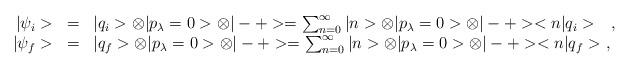
LaTeX: \begin{align*}\begin{array}{r c l}|\psi_i>&=&|q_i>\otimes|p_\lambda=0>\otimes|-+>=\sum_{n=0}^\infty|n>\otimes|p_\lambda=0>\otimes|-+><n|q_i>\ \ \ ,\\|\psi_f>&=&|q_f>\otimes|p_\lambda=0>\otimes|-+>=\sum_{n=0}^\infty|n>\otimes|p_\lambda=0>\otimes|-+><n|q_f>\ ,\end{array}\end{align*}